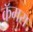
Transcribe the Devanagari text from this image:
कॅमरा